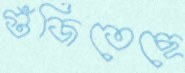
গুঁজিতেছে